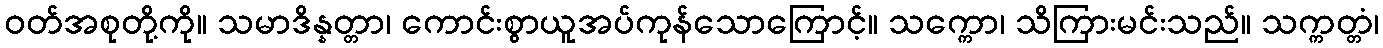
ဝတ်အစုတို့ကို။ သမာဒိန္နတ္တာ၊ ကောင်းစွာယူအပ်ကုန်သောကြောင့်။ သက္ကော၊ သိကြားမင်းသည်။ သက္ကတ္တံ၊